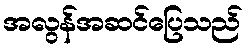
အလွန်အဆင်ပြေသည်